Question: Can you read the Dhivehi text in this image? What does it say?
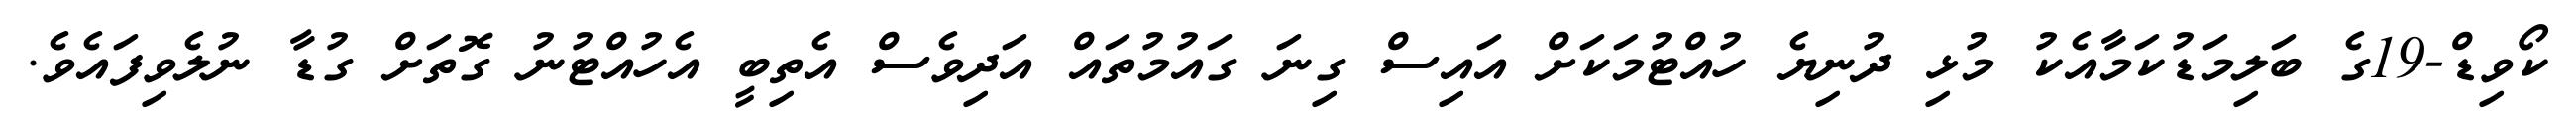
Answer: ކޯވިޑް-19ގެ ބަލިމަޑުކަމާއެކު މުޅި ދުނިޔެ ހުއްޓުމަކަށް އައިސް ގިނަ ގައުމުތައް އަދިވެސް އެތިބީ އެހުއްޓުނު ގޮތަށް ގުޑާ ނުލެވިފައެވެ.